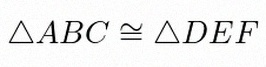
\triangle ABC\cong\triangle DEF